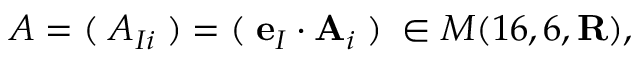
A = ( \; A _ { I i } \; ) = ( \; { \bf e } _ { I } \cdot { \bf A } _ { i } \; ) \; \in M ( 1 6 , 6 , { \bf R } ) ,